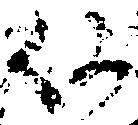
何